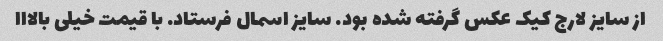
از سایز لارج کیک عکس گرفته شده بود. سایز اسمال فرستاد. با قیمت خیلی بالااا